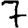
Digit: 7